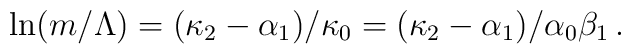
\ln (m/\Lambda) = (\kappa_2 - \alpha_1)/\kappa_0 = (\kappa_2 -\alpha_1) / \alpha_0 \beta_1 \, .